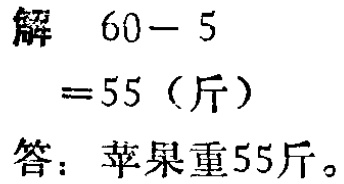
解 \(60 - 5\)

\(= 55\)（斤）

答：苹果重55斤。